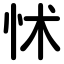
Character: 怵